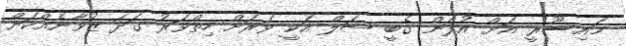
މައިސޫރީ އަށް އުފަން ގެބީ ޝަލް އަކީ ވަރަށް ހިތްވަރު ގަދަ ޒުވާނެއްކަން